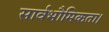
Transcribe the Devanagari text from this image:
सार्वभौमिकता।